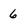
Character: 6